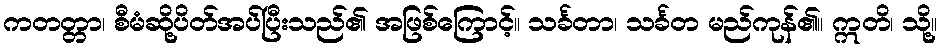
ကတတ္တာ၊ စီမံဆို့ပိတ်အပ်ပြီးသည်၏ အဖြစ်ကြောင့်။ သင်္ခတာ၊ သင်္ခတ မည်ကုန်၏။ ဣတိ၊ သို့။